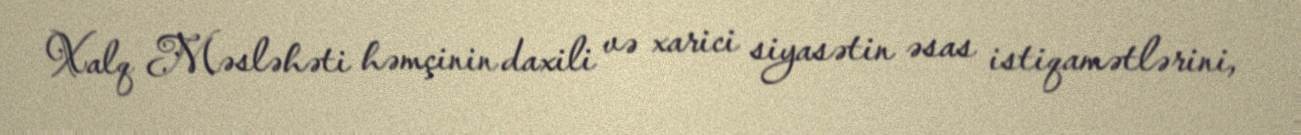
Xalq Məsləhəti həmçinin daxili və xarici siyasətin əsas istiqamətlərini,